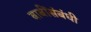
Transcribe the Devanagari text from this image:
बाबींसंबंधी